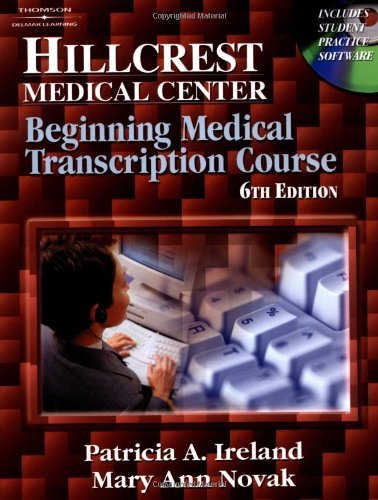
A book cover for Hillcrest Medical Center Beginning Medical Transcription Course - text only, 6TH EDITION; Patricia Ireland; Medical Books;